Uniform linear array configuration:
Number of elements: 16
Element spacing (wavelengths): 1
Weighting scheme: uniform
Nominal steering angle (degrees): -30
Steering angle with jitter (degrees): -31.438
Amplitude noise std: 0.05
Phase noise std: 0.05

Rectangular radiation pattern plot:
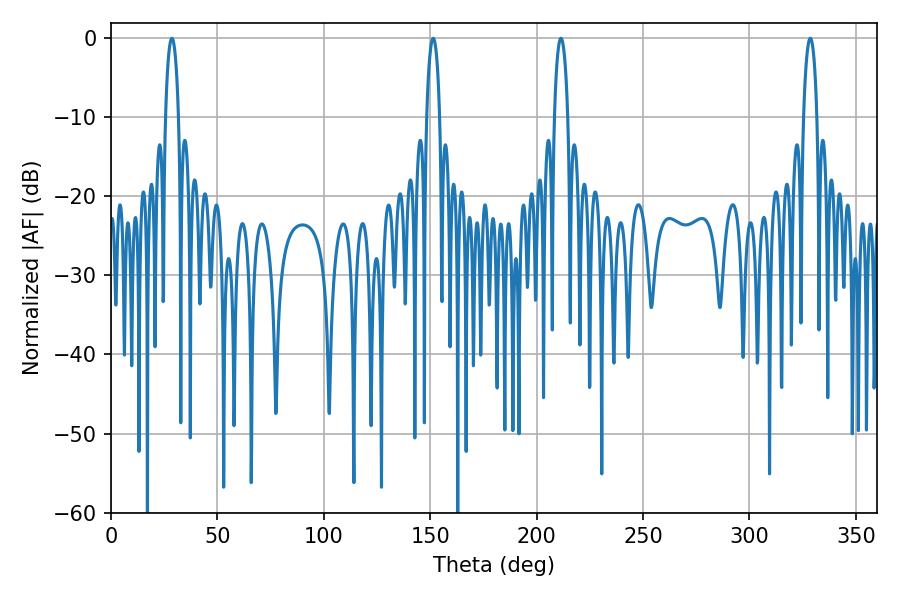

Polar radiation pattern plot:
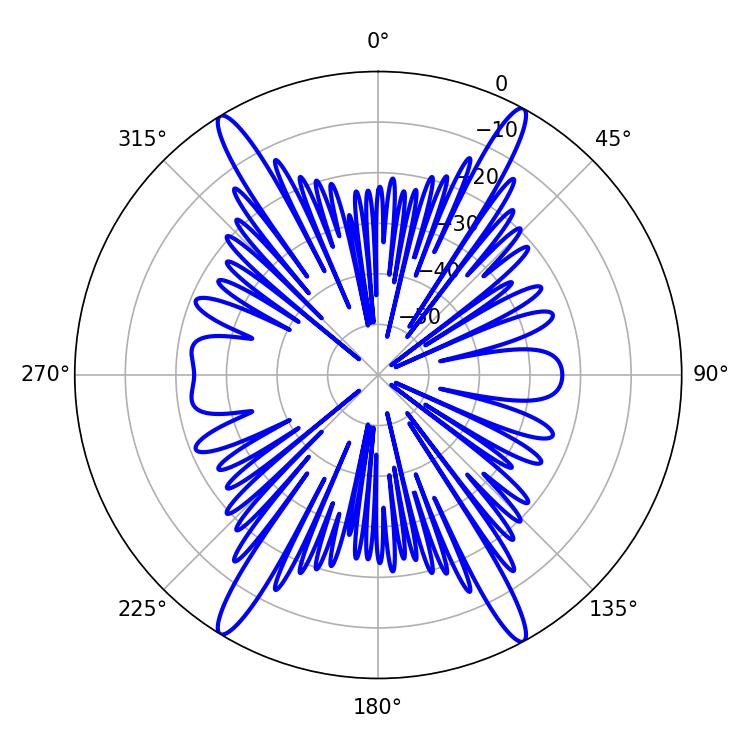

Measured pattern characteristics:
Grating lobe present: TRUE
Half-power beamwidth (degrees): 3.6
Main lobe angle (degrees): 28.62